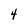
Character: 4